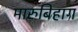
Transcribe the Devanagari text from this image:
मारुबिहाग